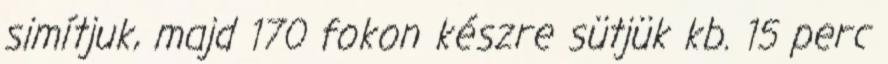
simítjuk, majd 170 fokon készre sütjük kb. 15 perc